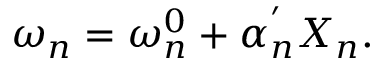
\omega _ { n } = \omega _ { n } ^ { 0 } + \alpha _ { n } ^ { ' } X _ { n } .